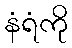
နံရံကို